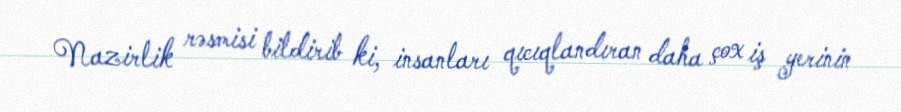
Nazirlik rəsmisi bildirib ki, insanları qıcıqlandıran daha çox iş yerinin